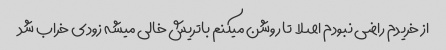
از خریدم راضی نبودم اصلا  تا روشن میکنم باتریش خالی میشه زودی خراب شد